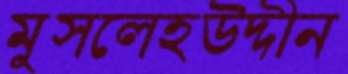
মুসলেহউদ্দীন